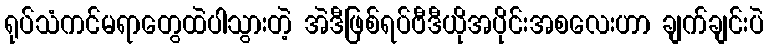
ရုပ်သံကင်မရာတွေထဲပါသွားတဲ့ အဲဒီဖြစ်ရပ်ဗီဒီယိုအပိုင်းအစလေးဟာ ချက်ချင်းပဲ